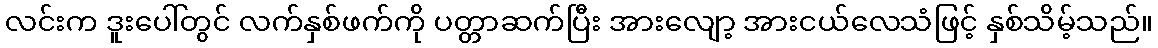
လင်းက ဒူးပေါ်တွင် လက်နှစ်ဖက်ကို ပတ္တာဆက်ပြီး အားလျော့ အားငယ်လေသံဖြင့် နှစ်သိမ့်သည်။